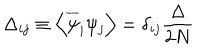
LaTeX: \Delta _ { i j } \equiv \left\langle \overline { { { \psi } } } _ { i } \psi _ { j } \right\rangle = \delta _ { i j } \frac { \Delta } { 2 N }